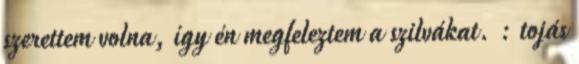
szerettem volna, így én megfeleztem a szilvákat. : tojás